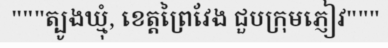
"""ត្បូងឃ្មុំ, ខេត្តព្រៃវែង ជួបក្រុមភ្ញៀវ"""